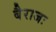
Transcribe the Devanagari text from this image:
बैराजः